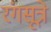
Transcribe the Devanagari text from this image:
रंगसूत्रे